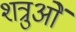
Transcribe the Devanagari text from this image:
शत्रुओें